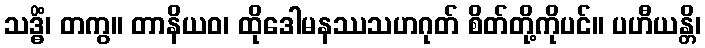
သဒ္ဓိံ၊ တကွ။ တာနိယဝ၊ ထိုဒေါမနဿသဟဂုတ် စိတ်တို့ကိုပင်။ ပဟီယန္တိ၊